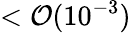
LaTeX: <\mathcal{O}(10^{-3})